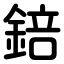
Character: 錇